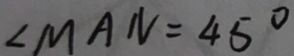
\angle M A N = 4 5 ^ { \circ }